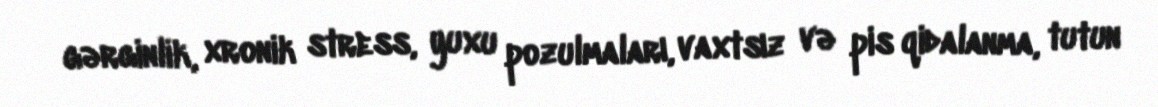
gərginlik, xronik stress, yuxu pozulmaları, vaxtsız və pis qidalanma, tutun